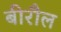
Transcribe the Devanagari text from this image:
बीरौल